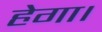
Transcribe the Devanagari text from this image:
हेगा।